Indian journal of veterinary science and animal husbandry - Volume 2,
Year: 1932
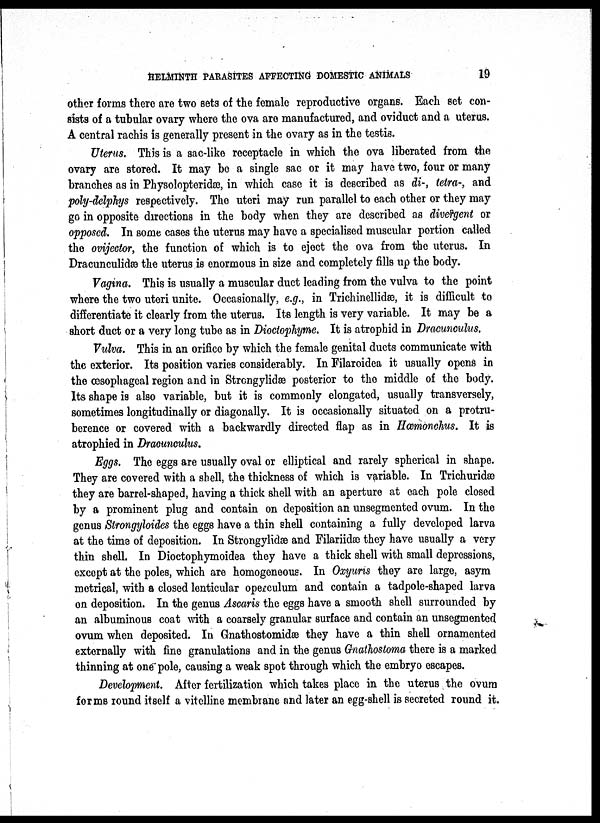
HELMINTH PARASITES AFFECTING DOMESTIC ANIMALS
19
other forms there are two sets of the female reproductive organs. Each set con-
sists of a tubular ovary where the ova are manufactured, and oviduct and a uterus.
A central rachis is generally present in the ovary as in the testis.
Uterus. This is a sac-like receptacle in which the ova liberated from the
ovary are stored. It may be a single sac or it may have two, four or many
branches as in Physolopteridæ, in which case it is described as di-, tetra-, and
poly-delphys respectively. The uteri may run parallel to each other or they may
go in opposite directions in the body when they are described as divergent or
opposed. In some cases the uterus may have a specialised muscular portion called
the ovijector, the function of which is to eject the ova from the uterus. In
Dracunculidæ the uterus is enormous in size and completely fills up the body.
Vagina. This is usually a muscular duct leading from the vulva to the point
where the two uteri unite. Occasionally, e.g., in Trichinellidæ, it is difficult to
differentiate it clearly from the uterus. Its length is very variable. It may be a
short duct or a very long tube as in Dioctophyme. It is atrophid in Dracunculus.
Vulva. This in an orifice by which the female genital ducts communicate with
the exterior. Its position varies considerably. In Filaroidea it usually opens in
the œsophageal region and in Strongylidæ posterior to the middle of the body.
Its shape is also variable, but it is commonly elongated, usually transversely,
sometimes longitudinally or diagonally. It is occasionally situated on a protru¬
berence or covered with a backwardly directed flap as in Hæmonchus, It is
atrophied in Dracunculus.
Eggs. The eggs are usually oval or elliptical and rarely spherical in shape.
They are covered with a shell, the thickness of which is variable. In Trichuridæ
they are barrel-shaped, having a thick shell with an aperture at each pole closed
by a prominent plug and contain on deposition an unsegmented ovum. In the
genus Strongyloides the eggs have a thin shell containing a fully developed larva
at the time of deposition. In Strongylidæ and Filariidæ they have usually a very
thin shell. In Dioctophymoidea they have a thick shell with small depressions,
except at the poles, which are homogeneous. In Oxyuris they are large, asym
metrical, with a closed lenticular operculum and contain a tadpole-shaped larva
on deposition. In the genus Ascaris the eggs have a smooth shell surrounded by
an albuminous coat with a coarsely granular surface and contain an unsegmented
ovum when deposited. In Gnathostomidæ they have a thin shell ornamented
externally with fine granulations and in the genus Gnathostoma there is a marked
thinning at one pole, causing a weak spot through which the embryo escapes.
Development. After fertilization which takes place in the uterus the ovum
forms round itself a vitelline membrane and later an egg-shell is secreted round it.